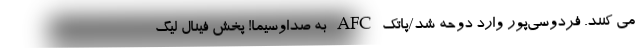
می کنند. فردوسی‌پور وارد دوحه شد/پاتک AFC به صداوسیما! پخش فینال لیگ